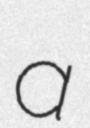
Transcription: a